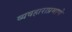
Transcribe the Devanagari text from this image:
व्यवहाराप्रमाणे